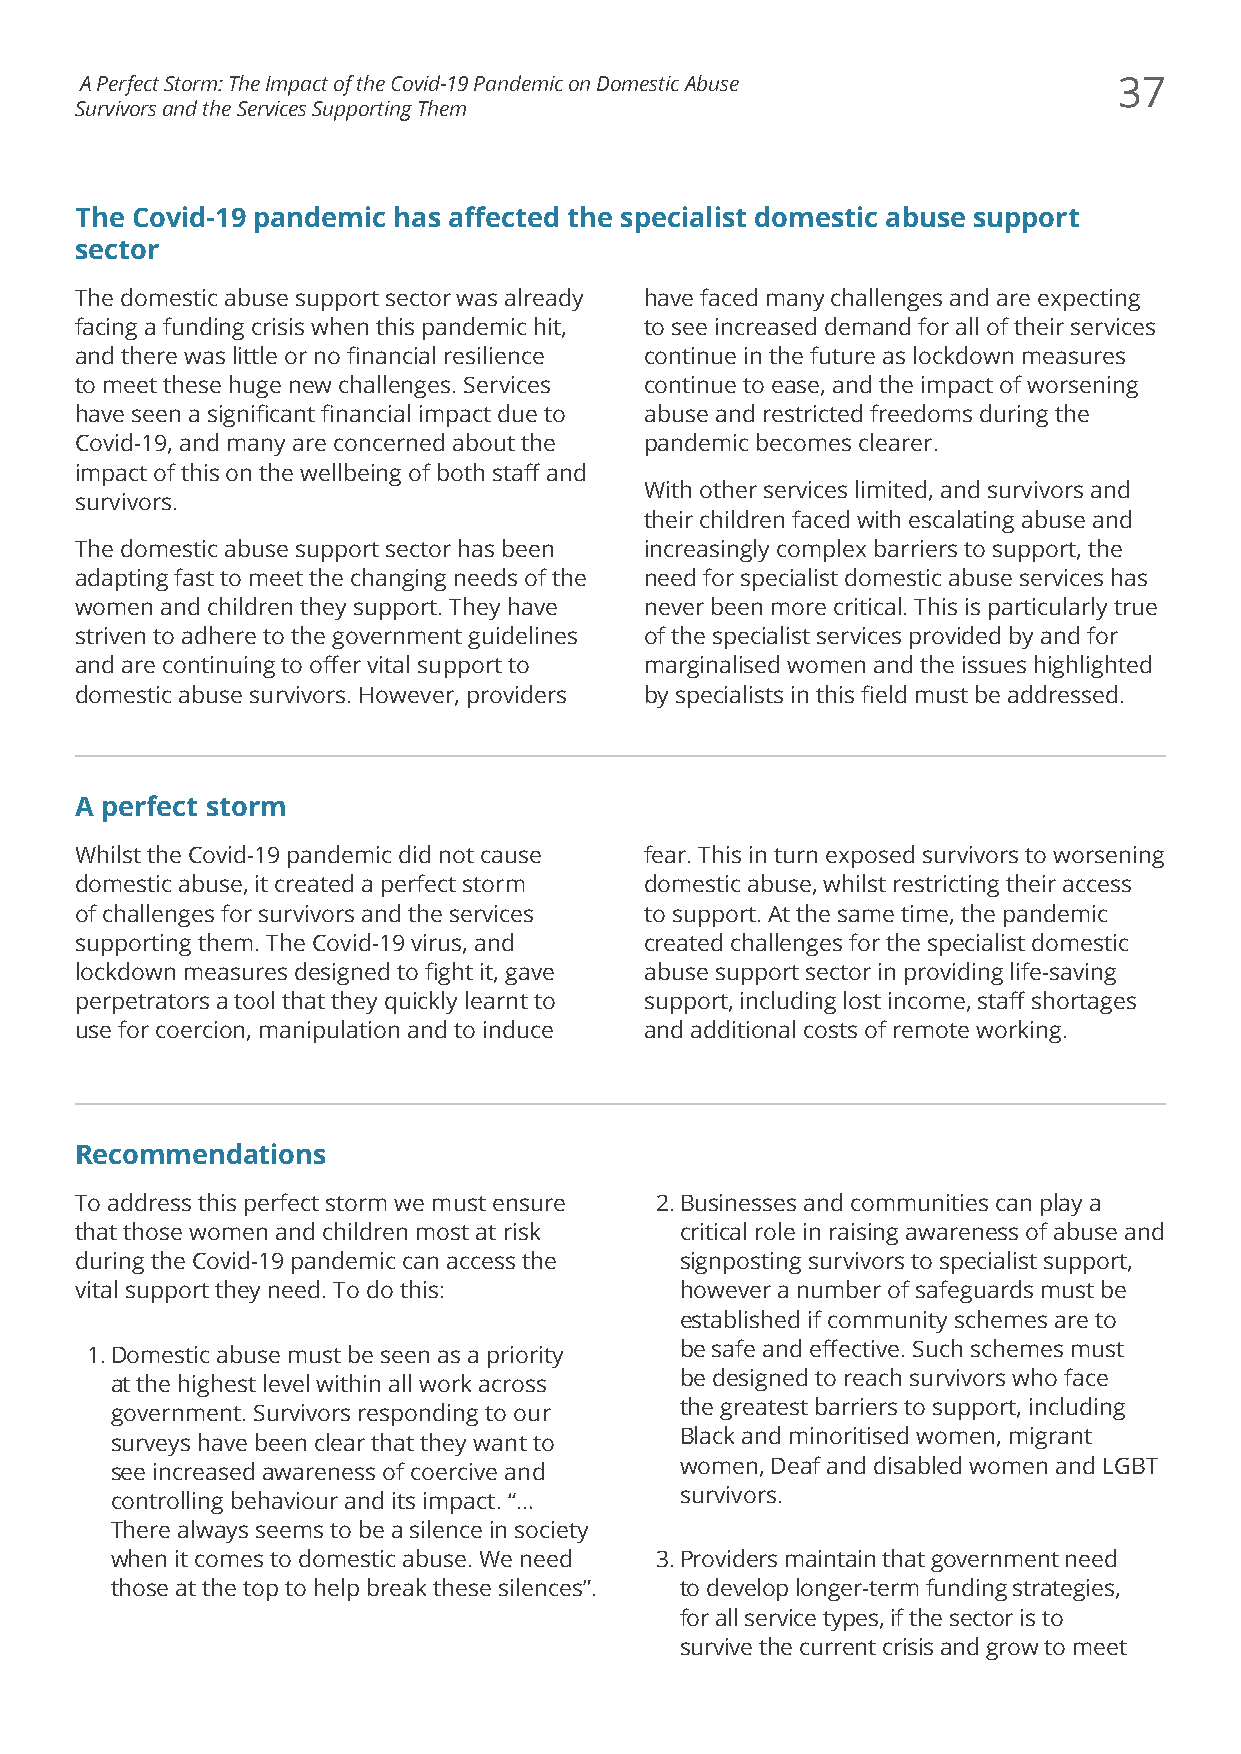
A Perfect Storm: The Impact of the Covid-19 Pandemic on Domestic Abuse 37
 Survivors and the Services Supporting Them
 The Covid-19 pandemic has affected the specialist domestic abuse support
 sector
 The domestic abuse support sector was already have faced many challenges and are expecting
 facing a funding crisis when this pandemic hit, to see increased demand for all of their services
 and there was little or no financial resilience continue in the future as lockdown measures
 to meet these huge new challenges. Services continue to ease, and the impact of worsening
 have seen a significant financial impact due to abuse and restricted freedoms during the
 Covid-19, and many are concerned about the pandemic becomes clearer.
 impact of this on the wellbeing of both staff and
 With other services limited, and survivors and
 survivors.
 their children faced with escalating abuse and
 The domestic abuse support sector has been increasingly complex barriers to support, the
 adapting fast to meet the changing needs of the need for specialist domestic abuse services has
 women and children they support. They have never been more critical. This is particularly true
 striven to adhere to the government guidelines of the specialist services provided by and for
 and are continuing to offer vital support to marginalised women and the issues highlighted
 domestic abuse survivors. However, providers by specialists in this field must be addressed.
 A perfect storm
 Whilst the Covid-19 pandemic did not cause fear. This in turn exposed survivors to worsening
 domestic abuse, it created a perfect storm domestic abuse, whilst restricting their access
 of challenges for survivors and the services to support. At the same time, the pandemic
 supporting them. The Covid-19 virus, and created challenges for the specialist domestic
 lockdown measures designed to fight it, gave abuse support sector in providing life-saving
 perpetrators a tool that they quickly learnt to support, including lost income, staff shortages
 use for coercion, manipulation and to induce and additional costs of remote working.
 Recommendations
 To address this perfect storm we must ensure 2. Businesses and communities can play a
 that those women and children most at risk critical role in raising awareness of abuse and
 during the Covid-19 pandemic can access the signposting survivors to specialist support,
 vital support they need. To do this:    however a number of safeguards must be
 established if community schemes are to
 1. Domestic abuse must be seen as a priority be safe and effective. Such schemes must
 at the highest level within all work across be designed to reach survivors who face
 government. Survivors responding to our the greatest barriers to support, including
 surveys have been clear that they want to Black and minoritised women, migrant
 see increased awareness of coercive and women, Deaf and disabled women and LGBT
 controlling behaviour and its impact. “… survivors.
 There always seems to be a silence in society
 when it comes to domestic abuse. We need 3. Providers maintain that government need
 those at the top to help break these silences”. to develop longer-term funding strategies,
 for all service types, if the sector is to
 survive the current crisis and grow to meet